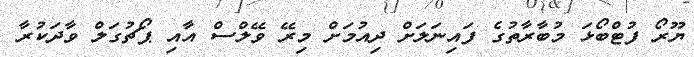
ޔޫރޯ ފުޓްބޯޅަ މުބާރާތުގެ ފައިނަލަށް ދިއުމަށް މިރޭ ވޭލްސް އާއި ޕޯޗުގަލް ވާދަކުރާ